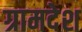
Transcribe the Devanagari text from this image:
ग्रामदेश